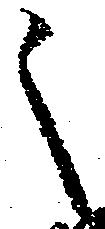
之